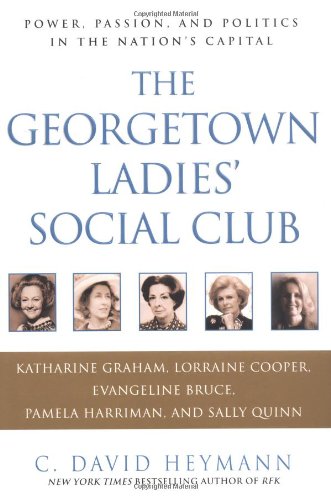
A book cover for The Georgetown Ladies' Social Club: Power, Passion, and Politics in the Nation's Capital; C. David Heymann; Politics & Social Sciences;